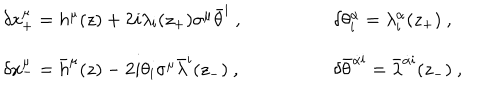
LaTeX: \begin{array} { l l } { { \delta x _ { + } ^ { \mu } = h ^ { \mu } ( z ) + 2 i \lambda _ { \mathbf i } ( z _ { + } ) \sigma ^ { \mu } \bar { \theta } ^ { \mathbf i } \ , \qquad \qquad } } & { { \delta \theta _ { \mathbf i } ^ { \alpha } = \lambda _ { \mathbf i } ^ { \alpha } ( z _ { + } ) \ , } } \\ { { \delta x _ { - } ^ { \mu } = { \bar { h } } ^ { \mu } ( z ) - 2 i \theta _ { \mathbf i } \sigma ^ { \mu } { \bar { \lambda } } ^ { \mathbf i } ( z _ { - } ) \ , \qquad \qquad } } & { { \delta \bar { \theta } ^ { { \dot { \alpha } } { \mathbf i } } = { \bar { \lambda } } ^ { { \dot { \alpha } } { \mathbf i } } ( z _ { - } ) \ , } } \\ \end{array}